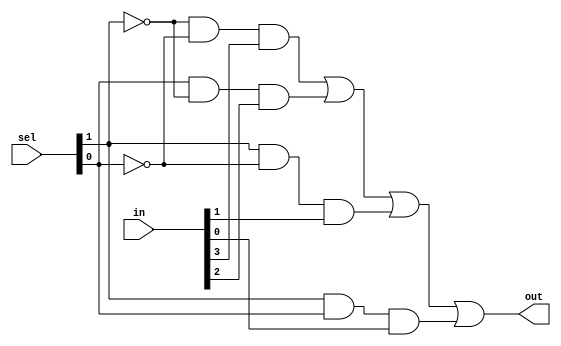
module mux_41(out,in,sel);
	input [0:3] in;
	input [0:1] sel;
	output out;
	wire w1,w2,d1,d2,d3,d4;
	not n1(w1,sel[0]);
	not n2(w2,sel[1]);
	and a1(d1,w1,w2,in[0]);
	and a2(d2,sel[1],w1,in[1]);
	and a3(d3,sel[0],w2,in[2]);
	and a4(d4,sel[0],sel[1],in[3]);
	or o1(out,d1,d2,d3,d4);
endmodule

module mux_161(out,in,sel);
	input [0:15]in;
	input [0:3]sel;
	output out;
	wire [0:3]t;
	mux_41 m1(t[0],in[0:3],sel[2:3]);
	mux_41 m2(t[1],in[4:7],sel[2:3]);
	mux_41 m3(t[2],in[8:11],sel[2:3]);
	mux_41 m4(t[3],in[12:15],sel[2:3]);
	mux_41 m5(out,t,sel[0:1]);
endmodule